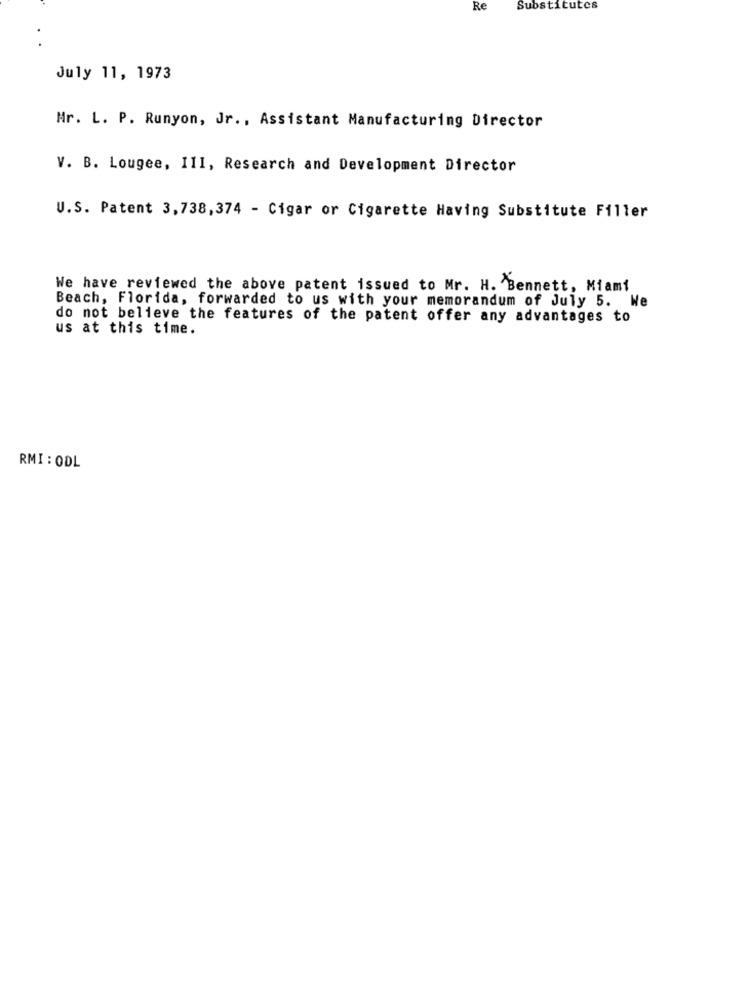
Re
Substitutes
July 11, 1973
Mr. L. P. Runyon, Jr ., Assistant Manufacturing Director
V. B. Lougee, III, Research and Development Director
U.S. Patent 3,738,374 - Cigar or Cigarette Having Substitute Filler
We have reviewed the above patent issued to Mr. H. Bennett, Miami
Beach, Florida, forwarded to us with your memorandum of July 5. We
do not believe the features of the patent offer any advantages to
us at this time.
RMI : ODL